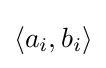
\langle a_{i},b_{i}\rangle